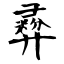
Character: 彛